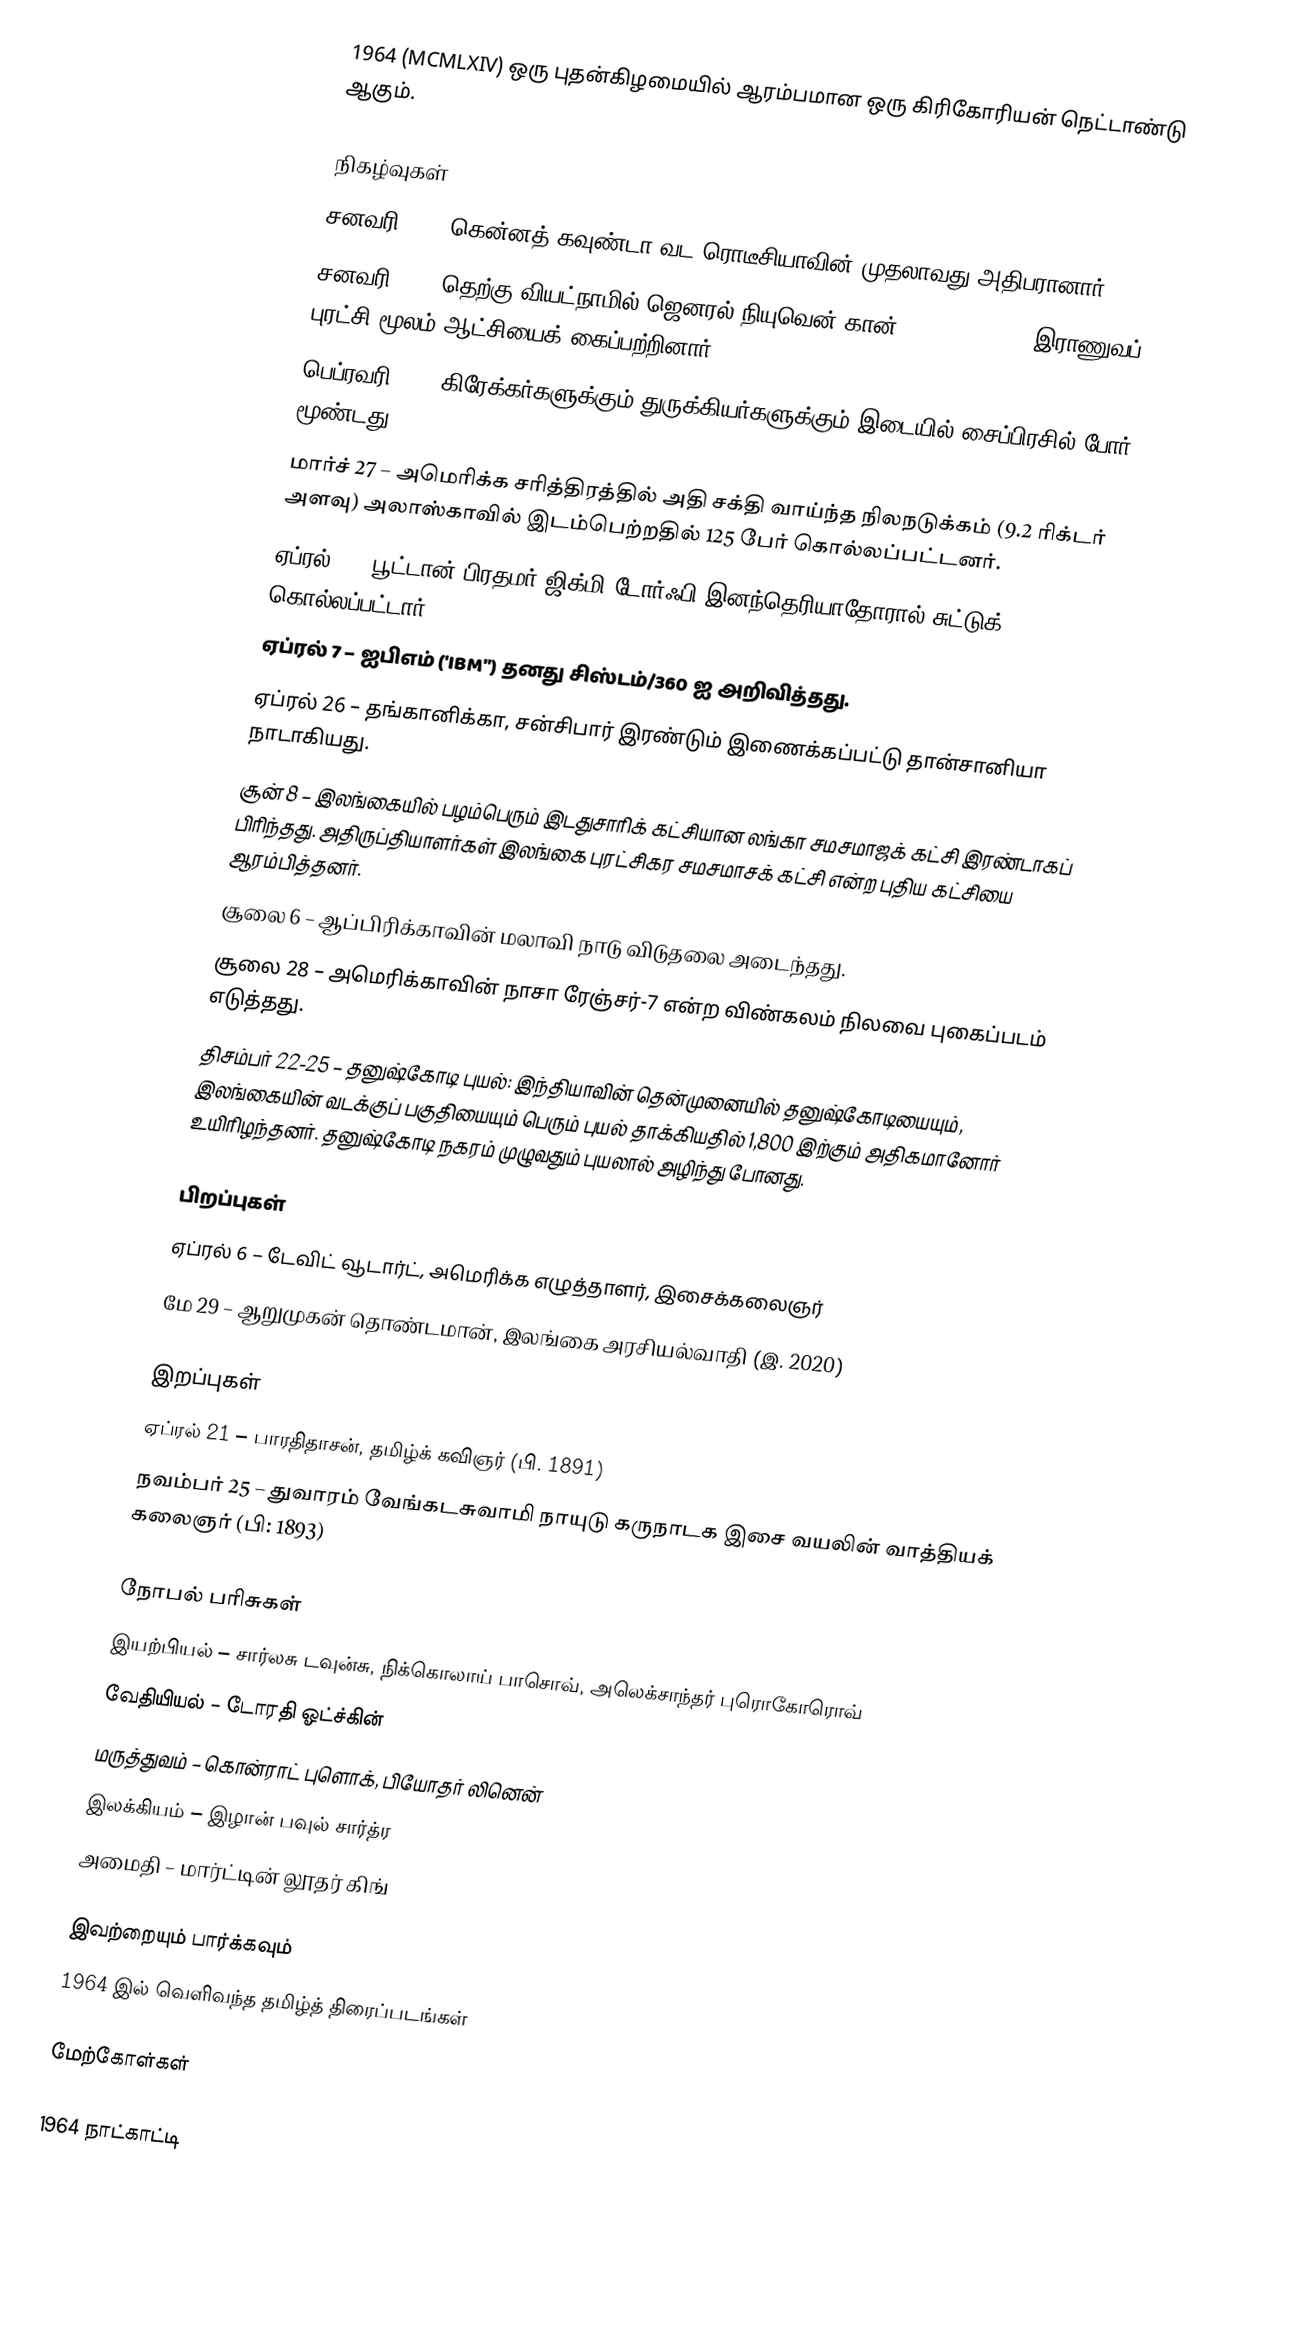
1964  (MCMLXIV) ஒரு புதன்கிழமையில் ஆரம்பமான ஒரு கிரிகோரியன் நெட்டாண்டு ஆகும்.

நிகழ்வுகள்
சனவரி 22 – கென்னத் கவுண்டா வட ரொடீசியாவின் முதலாவது அதிபரானார்.
சனவரி 30 – தெற்கு வியட்நாமில் ஜெனரல் நியுவென் கான் (Nguyen Khanh) இராணுவப் புரட்சி மூலம் ஆட்சியைக் கைப்பற்றினார்.
பெப்ரவரி 11 – கிரேக்கர்களுக்கும் துருக்கியர்களுக்கும் இடையில் சைப்பிரசில் போர் மூண்டது.
மார்ச் 27 – அமெரிக்க சரித்திரத்தில் அதி சக்தி வாய்ந்த நிலநடுக்கம் (9.2 ரிக்டர் அளவு) அலாஸ்காவில் இடம்பெற்றதில் 125 பேர் கொல்லப்பட்டனர்.
ஏப்ரல் 5 – பூட்டான் பிரதமர் ஜிக்மி டோர்ஃபி இனந்தெரியாதோரால் சுட்டுக் கொல்லப்பட்டார்.
ஏப்ரல் 7 – ஐபிஎம் ('IBM'') தனது சிஸ்டம்/360 ஐ அறிவித்தது.
ஏப்ரல் 26 – தங்கானிக்கா, சன்சிபார் இரண்டும் இணைக்கப்பட்டு தான்சானியா நாடாகியது.
சூன் 8 – இலங்கையில் பழம்பெரும் இடதுசாரிக் கட்சியான லங்கா சமசமாஜக் கட்சி இரண்டாகப் பிரிந்தது. அதிருப்தியாளர்கள் இலங்கை புரட்சிகர சமசமாசக் கட்சி என்ற புதிய கட்சியை ஆரம்பித்தனர்.
சூலை 6 – ஆப்பிரிக்காவின் மலாவி நாடு விடுதலை அடைந்தது.
சூலை 28 – அமெரிக்காவின் நாசா ரேஞ்சர்-7 என்ற விண்கலம் நிலவை புகைப்படம் எடுத்தது.
திசம்பர் 22-25 – தனுஷ்கோடி புயல்: இந்தியாவின் தென்முனையில் தனுஷ்கோடியையும், இலங்கையின் வடக்குப் பகுதியையும் பெரும் புயல் தாக்கியதில் 1,800 இற்கும் அதிகமானோர் உயிரிழந்தனர். தனுஷ்கோடி நகரம் முழுவதும் புயலால் அழிந்து போனது.

பிறப்புகள்
ஏப்ரல் 6 – டேவிட் வூடார்ட், அமெரிக்க எழுத்தாளர், இசைக்கலைஞர்
மே 29 – ஆறுமுகன் தொண்டமான், இலங்கை அரசியல்வாதி (இ. 2020)

இறப்புகள்
ஏப்ரல் 21 – பாரதிதாசன், தமிழ்க் கவிஞர் (பி. 1891)
நவம்பர் 25 – துவாரம் வேங்கடசுவாமி நாயுடு கருநாடக இசை வயலின் வாத்தியக் கலைஞர் (பி: 1893)

நோபல் பரிசுகள்
 இயற்பியல் – சார்லசு டவுன்சு, நிக்கொலாய் பாசொவ், அலெக்சாந்தர் புரொகோரொவ்
 வேதியியல் – டோரதி ஓட்ச்கின்
 மருத்துவம் – கொன்ராட் புளொக், பியோதர் லினென்
 இலக்கியம் – இழான் பவுல் சார்த்ர
 அமைதி – மார்ட்டின் லூதர் கிங்

இவற்றையும் பார்க்கவும்
 1964 இல் வெளிவந்த தமிழ்த் திரைப்படங்கள்

மேற்கோள்கள்

1964 நாட்காட்டி